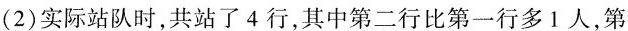
(2)实际站队时，共站了4行，其中第二行比第一行多1人，第